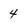
Character: 4